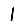
Digit: 1